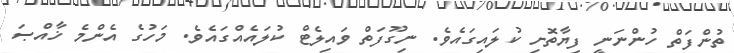
ތުންފަތް ހުންނަނީ ފިޔާތޮށި ކުލައިގައެވެ. ނިގޫފަތް ވައިލެޓް ކުލައެއްގައެވެ. މަހުގެ އެންމެ ޚާއްޞަ